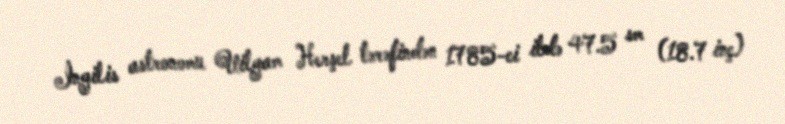
İngilis astronomu Uilyam Herşel tərəfindən 1785-ci ildə 47.5 sm (18.7 inç)